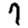
Digit: 7